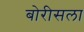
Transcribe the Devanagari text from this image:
बोरीसला